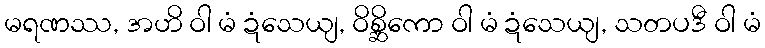
မရဏဿ, အဟိ ဝါ မံ ဍံသေယျ, ဝိစ္ဆိကော ဝါ မံ ဍံသေယျ, သတပဒီ ဝါ မံ